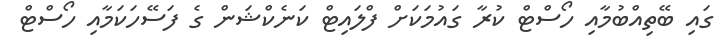
ގައި ބޭތިއްބުމާއި ހޯސްޓް ކުރާ ގައުމަކަށް ފްލައިޓް ކަނެކްޝަން ގެ ފަސޭހަކަމާއި ހޯސްޓް